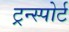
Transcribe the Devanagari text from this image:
ट्रन्स्पोर्ट